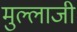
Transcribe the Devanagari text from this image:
मुल्लाजी